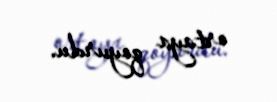
ortaya qoyurdu.